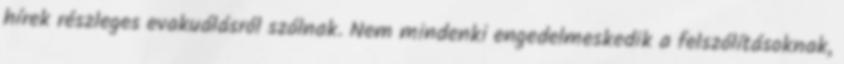
hírek részleges evakuálásról szólnak. Nem mindenki engedelmeskedik a felszólításoknak,